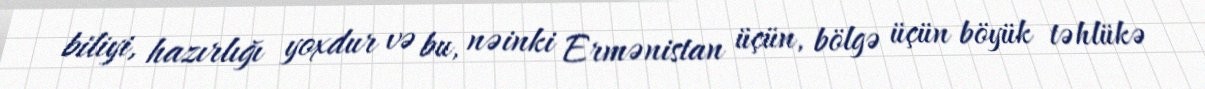
biliyi, hazırlığı yoxdur və bu, nəinki Ermənistan üçün, bölgə üçün böyük təhlükə